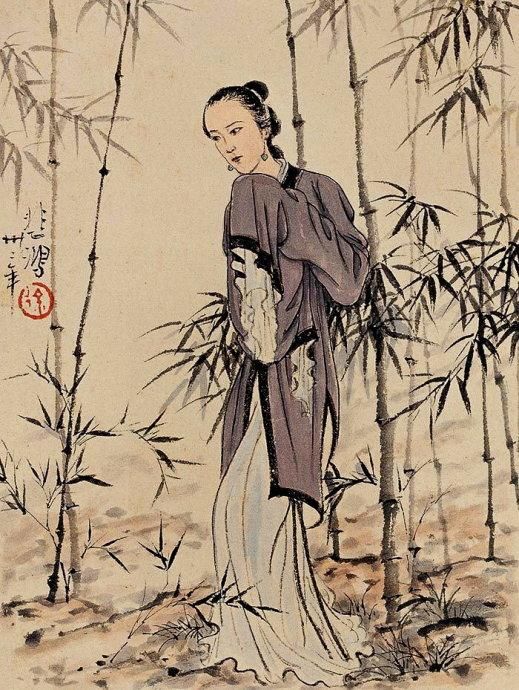
细读离骚还痛饮，饱看修竹何妨肉。